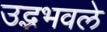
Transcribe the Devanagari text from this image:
उद्भभवले